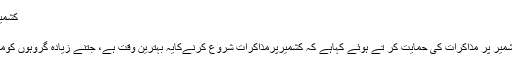
کشمیری نوجوان جانتے ہیں بھارت ان پر قابض ہے،یشونت سنہا
02:22 PM, 25 Dec, 2016
نئی دہلی :بھارت کے سابق وزیر خارجہ یشونت سنہا نے کشمیر پر مذاکرات کی حمایت کر تے ہوئے کہاہے کہ کشمیرپرمذاکرات شروع کرنےکایہ بہترین وقت ہے، جتنے زیادہ گروہوں کومذاکرات میں شامل کیا جائےگا،اسی قدرکامیابی کاامکان ہے۔